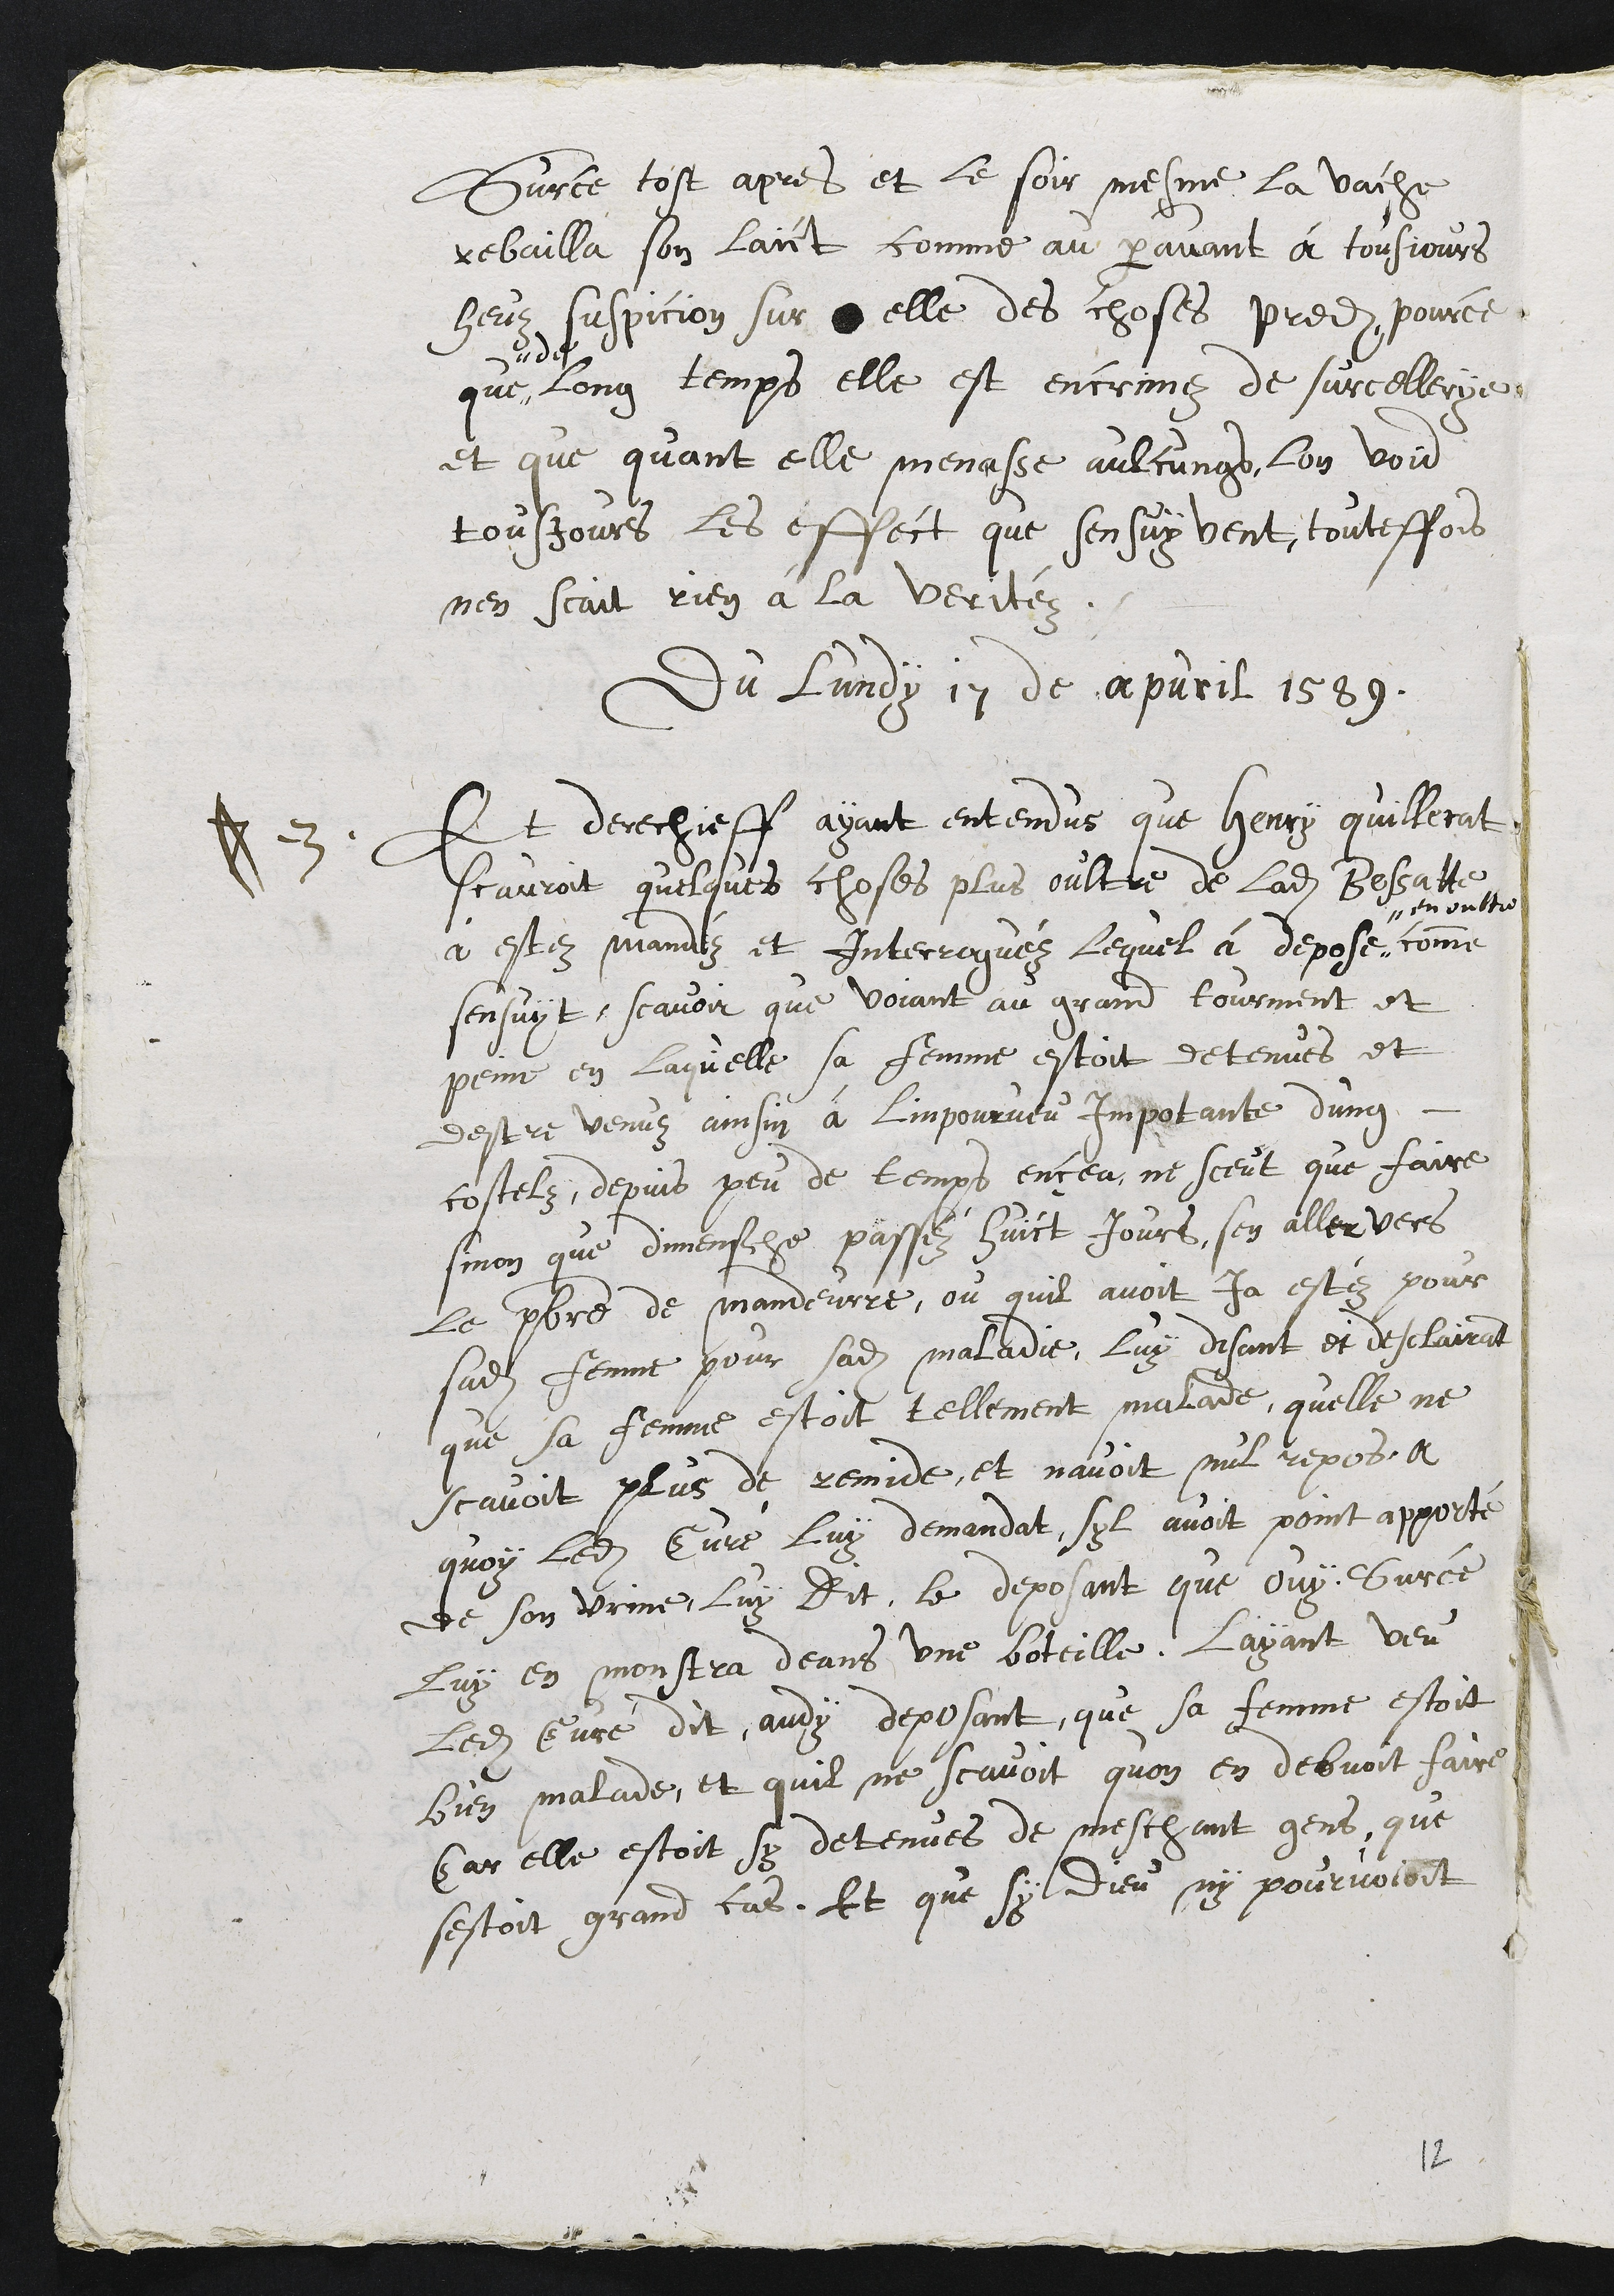
champ, laquelle dit à la femme dudit Cugnotet
où elle avait acheté le froment. A quoi elle
lui répond : "Vers Thibaud Grillon". Sur ce, la
chamblière dudit déposant menait leurs vaches en
champ et rencontra icelle ladite Bessatte vers
la porte, et dit à ladite chamblière : "Bien, bien, ton
maître n*a point voulu me vendre de froment,
mais il n'y gagnera rien". Sur ce, incontinent
le soir, ladite vache qui baillait ordinairement
un gros soilletat de lait, n'en bailla goutte, ni
aussi le jour suivant. Ce qu'entendant
ledit déposant de sa femme, dit à sadite femme
qu'on lui avait grevé. A quoi sa chamblière
répond et dit, "Quand je la menais hier es champs,
la Bessatte me rencontra vers la porte,
laquelle me dit que vous ne lui aviez point
voulu vendre de froment, mais n'y gagneriez rien".
dont ledit déposant eut suspicion sur, elle, et non
sur d'autres, de ce que sa vache ne baillait son lait.
Et s'en alla incontinent sur le pont du Doubs,
pensant trouver ladite Bessatte, parce qu'elle
demeurait sur la porterie, ayant désir de la
très bien battre. Mais était icelle de ce avertie,
ne se montra que par les fenêtres d'en haut, et
combien que ledit déposant déclara à plusieurs
qui étaient par sur le pont,
et mesme
l'ayant bien ladite
Bessatte, et qu'il la menaçait, ce que lui était
advenu, elle nonobstant ne répondit rien.